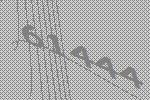
61444